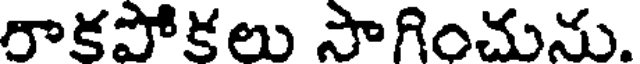
రాకపోకలు సాగించును.